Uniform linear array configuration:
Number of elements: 48
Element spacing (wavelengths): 1
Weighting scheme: hann
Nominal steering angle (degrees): -45
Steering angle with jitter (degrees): -46.819
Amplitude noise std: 0.05
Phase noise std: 0.05

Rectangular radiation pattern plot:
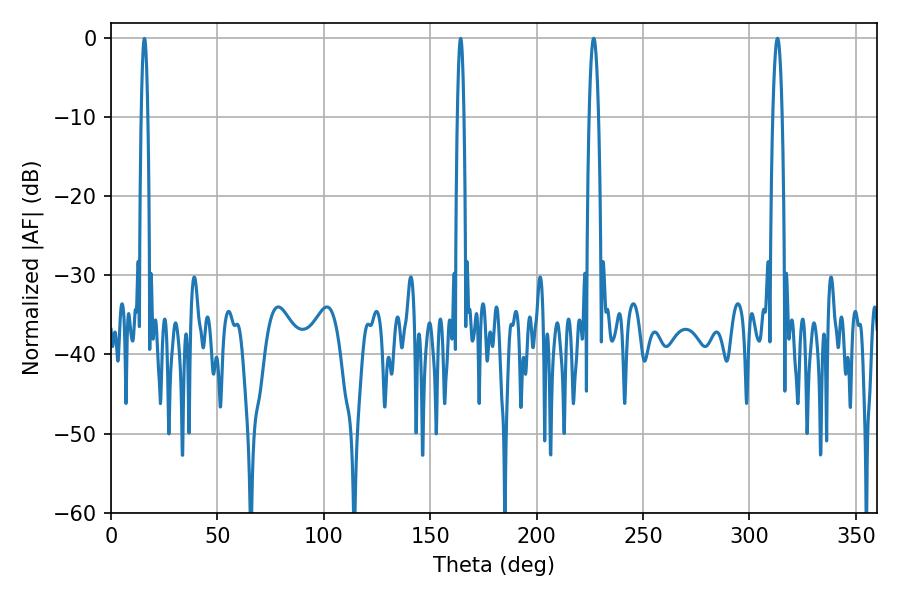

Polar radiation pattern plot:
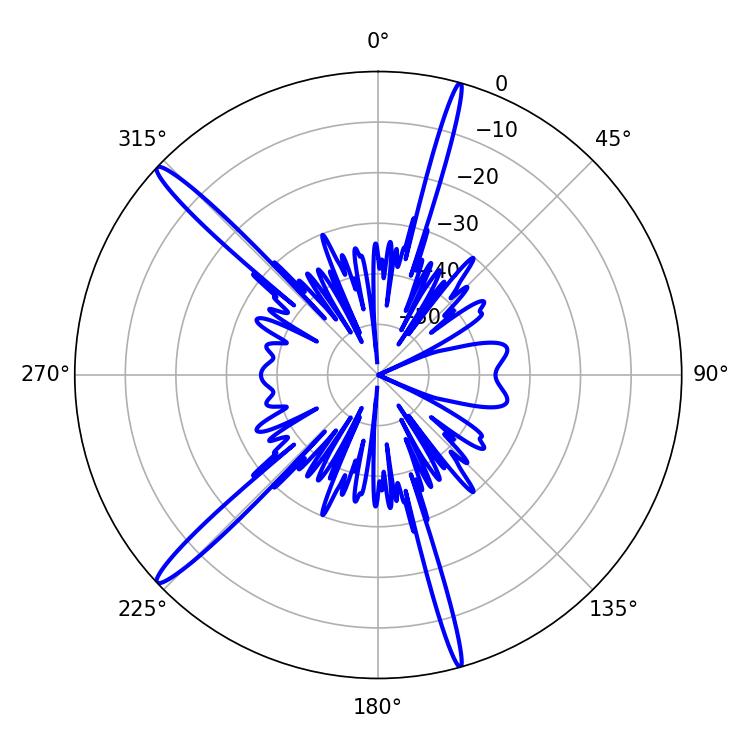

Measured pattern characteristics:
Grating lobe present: TRUE
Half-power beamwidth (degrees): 2.34
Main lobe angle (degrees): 226.8